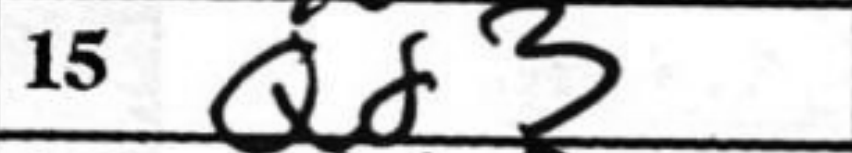
Transcription: Qd3